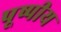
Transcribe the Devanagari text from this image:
पूष्पीय